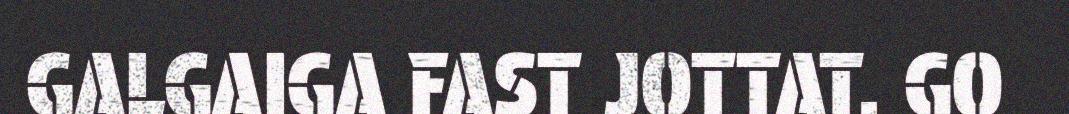
GALGAIGA FAST JOTTAT. GO